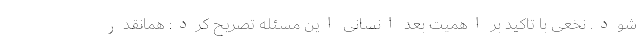
شود. نخعی با تاکید بر اهمیت بعد انسانی این مسئله تصریح کرد: همانقدر